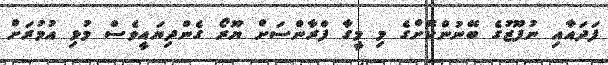
ފަދައާއި ނުފޫޒުގެ ބޭނުންކޮށްގެ މި މީގާ ފްރާންސަށް ޔޫރޯ ގެންދިޔައީވެސް މުޅި އުމުރަށް